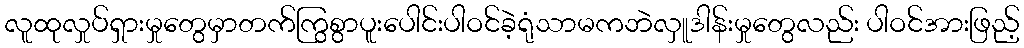
လူထုလှုပ်ရှားမှုတွေမှာတက်ကြွစွာပူးပေါင်းပါဝင်ခဲ့ရုံသာမကဘဲလှူဒါန်းမှုတွေလည်း ပါဝင်အားဖြည့်